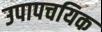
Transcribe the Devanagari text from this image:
उपापचयिक